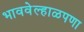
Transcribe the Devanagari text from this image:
भाववेल्हाळपणा